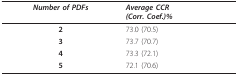
| Number of PDFs | Average CCR(Corr. Coef.)% |
 | --- | --- |
 | 2 | 73.0 (70.5) |
 | 3 | 73.7 (70.7) |
 | 4 | 73.3 (72.1) |
 | 5 | 72.1 (70.6) |